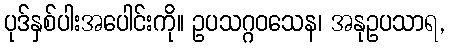
ပုဒ်နှစ်ပါးအပေါင်းကို။ ဥပသဂ္ဂဝသေန၊ အနုဥပသာရ,